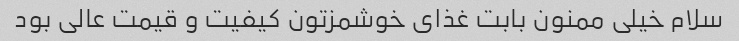
سلام خیلی ممنون بابت غذای خوشمزتون کیفیت و قیمت عالی بود